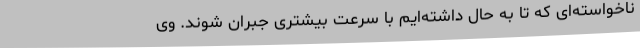
ناخواسته‌ای که تا به حال داشته‌ایم با سرعت بیشتری جبران شوند. وی